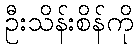
ဦးသိန်းစိန်ကို